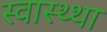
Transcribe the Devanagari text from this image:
स्वास्थ्था